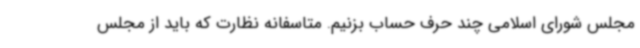
مجلس شورای اسلامی چند حرف حساب بزنیم. متاسفانه نظارت که باید از مجلس